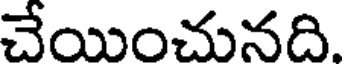
చేయించునది.